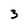
Character: 3